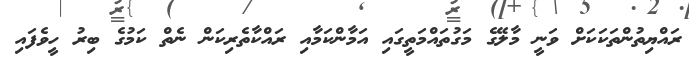
ރައްޔިތުންތަކަކަށް ވަނީ މާލޭގެ މަގުތައްމަތީގައި އަމާންކަމާއި ރައްކާތެރިކަން ނެތް ކަމުގެ ބިރު ހީވެފައި